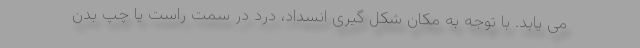
می یابد. با توجه به مکان شکل گیری انسداد، درد در سمت راست یا چپ بدن